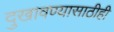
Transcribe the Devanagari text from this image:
दुखावण्यासाठीही